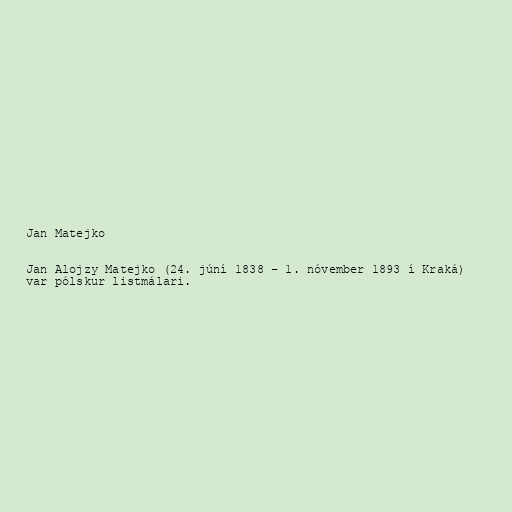
Jan Matejko

Jan Alojzy Matejko (24. júní 1838 – 1. nóvember 1893 í Kraká)
var pólskur listmálari.